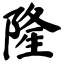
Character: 隆